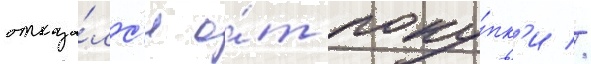
отказа́лс'я о́т поку́пк'и //